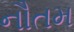
નૌતમ